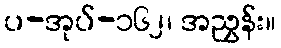
ပ-အုပ်-၁၆၂၊ အညွှန်း။